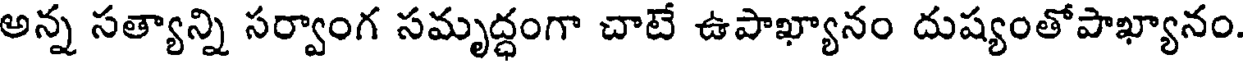
అన్న సత్యాన్ని సర్వాంగ సమృద్ధంగా చాటే ఉపాఖ్యానం దుష్యంతోపాఖ్యానం